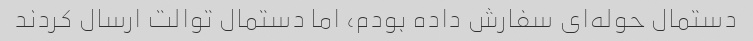
دستمال حوله‌ای سفارش داده بودم، اما دستمال توالت ارسال کردند